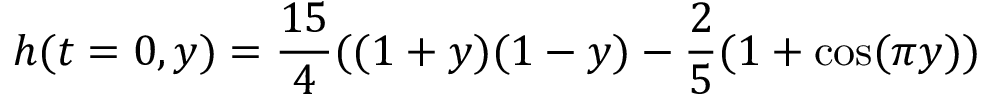
h ( t = 0 , y ) = \frac { 1 5 } { 4 } ( ( 1 + y ) ( 1 - y ) - \frac 2 5 ( 1 + \cos ( \pi y ) )